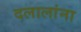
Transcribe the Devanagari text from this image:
दलालांना